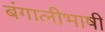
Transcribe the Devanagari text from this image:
बंगालीभाषी